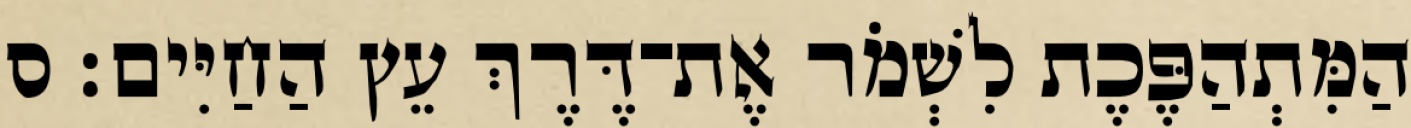
הַמִּתְהַפֶּכֶת לִשְׁמֹר אֶת־דֶּרֶךְ עֵץ הַחַיִּים׃ ס